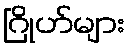
ဂြိုဟ်များ